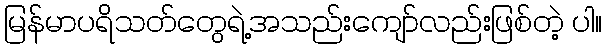
မြန်မာပရိသတ်တွေရဲ့အသည်းကျော်လည်းဖြစ်တဲ့ ပါ။